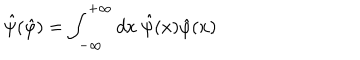
LaTeX: \hat { \psi } ( \hat { \varphi } ) = \int _ { - \infty } ^ { + \infty } d x ~ \hat { \psi } ( x ) \hat { \varphi } ( x )